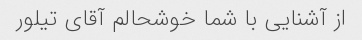
از آشنایی با شما خوشحالم آقای تیلور